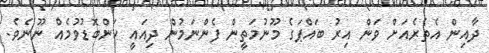
ދާއިން އެތެރެއަށް ވަން އިރު ބައްޕަގެ މޫނުމަތީން ފެންނަމުން ދިއައީ ކަންބޮޑުވުމެއް ނޫނެވެ.